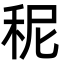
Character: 秜